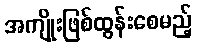
အကျိုးဖြစ်ထွန်းစေမည့်